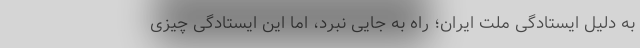
به دلیل ایستادگی ملت ایران؛ راه به جایی نبرد، اما این ایستادگی چیزی